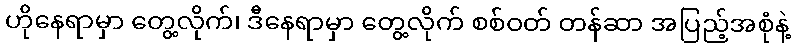
ဟိုနေရာမှာ တွေ့လိုက်၊ ဒီနေရာမှာ တွေ့လိုက် စစ်ဝတ် တန်ဆာ အပြည့်အစုံနဲ့